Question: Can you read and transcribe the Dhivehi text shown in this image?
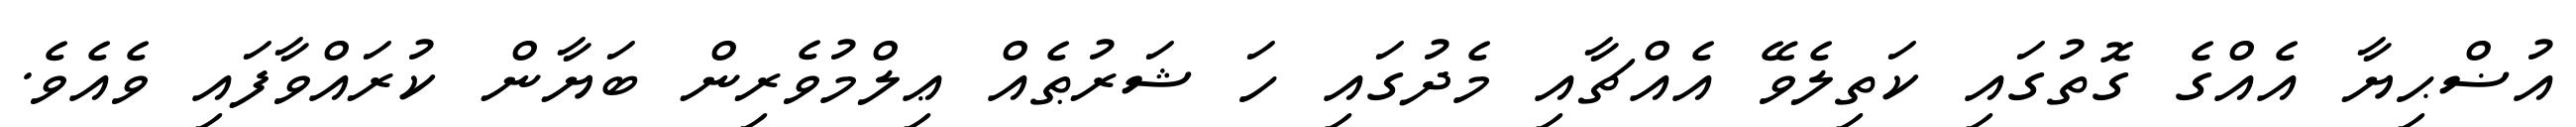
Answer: އުޟްޙިޔާ އެއްގެ ގޮތުގައި ކަތިލެވޭ އެއްޗާއި މެދުގައި ހަ ޝަރުޠެއް ޢިލްމުވެރިން ބަޔާން ކުރައްވާފައި ވެއެވެ.